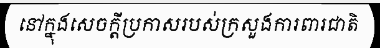
នៅក្នុងសេចក្តីប្រកាសរបស់ក្រសួងការពារជាតិ